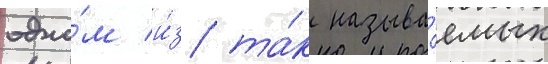
одно́м и́з та́к называ́емых